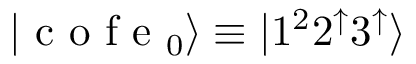
| \mathrm { ~ c ~ o ~ f ~ e ~ } _ { 0 } \rangle \equiv | 1 ^ { 2 } 2 ^ { \mathord { \uparrow } } 3 ^ { \mathord { \uparrow } } \rangle